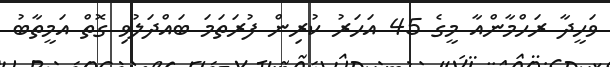
ވަހީދާ ރަހްމާންއާ މީގެ 45 އަހަރު ކުރިން ފުރަތަމަ ބައްދަލުވި ގޮތް އަމީތާބު